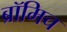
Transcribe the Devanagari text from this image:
ब्रॉमिच